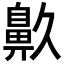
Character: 𪖓